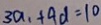
3 a _ { 1 } + 9 d = 1 0